system: You are a helpful assistant.
user:
Analyze the provided spectrum to determine if it is a **"Cataclysmic Variables (CV)"**.

- **Key Indicators for CV (Check for either state):**
    - **State 1: Quiescent / Low-State (Emission-Dominated)**
        - **(Primary):** Strong and *very broad* Hydrogen Balmer emission lines (e.g., $H\alpha$ at 6563 Å, $H\beta$ at 4861 Å). The 'broadness' (high velocity dispersion, often FWHM > 1000 km/s) is the key diagnostic, indicating a high-velocity accretion disk.
        - **(Secondary):** Broad neutral Helium (He I) emission lines (e.g., 5876 Å, 6678 Å).
        - **(Key Confirmation):** Presence of high-excitation *ionized* Helium (He II) emission at 4686 Å. This is a strong indicator of accretion onto a white dwarf.
        - **(Line Profile):** Emission lines may exhibit a 'double-peaked' profile, which is a classic signature of a rotating accretion disk viewed at high inclination.

    - **State 2: Outburst / High-State (Absorption-Dominated)**
        - **(Primary):** Spectrum is dominated by a bright, blue continuum (looks like a hot star).
        - **(Secondary):** The emission lines from State 1 are weak, absent, or 'filled in', and are replaced by broad, shallow *absorption* lines (primarily Balmer and He I).
        - **(Morphology):** The overall spectrum mimics a hot B/A-type star. The crucial difference is that the absorption lines are significantly broader, shallower, and more 'washed-out' (or 'smeared') than the sharp lines of a normal stellar photosphere, due to high rotational speeds and pressure broadening in the disk.

Think first, call **spectral_visualization_tool** if needed to examine features in detail, then provide your final answer. Your response must adhere to the following strict rules:
1.  **Overall Structure:** Your response must follow the format `<think>...</think> <tool_call>...</tool_call> (if a tool is used) <answer>...</answer>`.
2.  **Tool Usage Constraint:** You may only make **one** tool call per turn.
3.  **Final Answer Format:** In the `<answer>` tag, your conclusion must be inside a `\boxed{}` command (e.g., `\boxed{YES}`), followed by your justification.

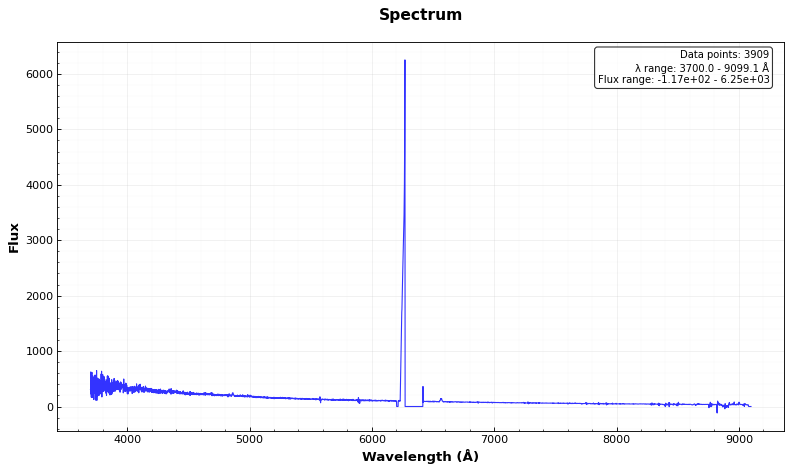
Answer: YES